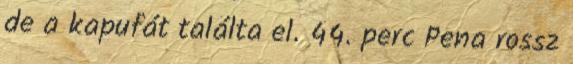
de a kapufát találta el. 44. perc Pena rossz